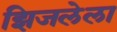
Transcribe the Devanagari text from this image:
झिजलेला